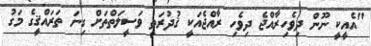
"އެއީކީ ނޫން ދިވެހިރާއްޖެ ދިވެހި ރާއްޖެއަކީ ޤުދުރަތީ ވަސީލަތްތަށް ގިނަ ތަރައްޤީގެ މަގު